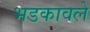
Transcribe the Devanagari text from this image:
भडकावले